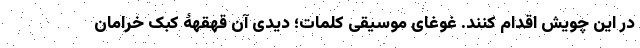
در این چویش اقدام کنند. غوغای موسیقی کلمات؛ دیدی آن قهقهۀ کبک خرامان